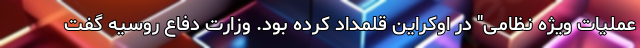
عملیات ویژه نظامی" در اوکراین قلمداد کرده بود. وزارت دفاع روسیه گفت